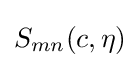
S_{mn}(c,\eta )